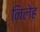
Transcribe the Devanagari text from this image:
निलेह